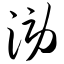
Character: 涝